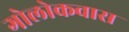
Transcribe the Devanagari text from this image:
गोलोकवास